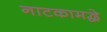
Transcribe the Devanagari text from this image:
नाटकामद्धे